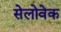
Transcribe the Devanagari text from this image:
सेलोवेक